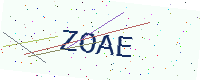
Text: ZOAE